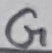
Text: G